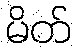
မိတ်